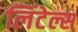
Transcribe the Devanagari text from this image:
लिंटेल्स